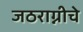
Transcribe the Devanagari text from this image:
जठराग्नीचे